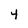
Character: 4